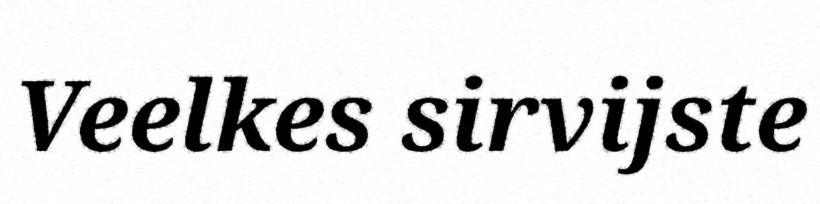
Veelkes sirvijste